Annual administration report of the Civil Veterinary Department of India - 1892-1893
Year: 1892
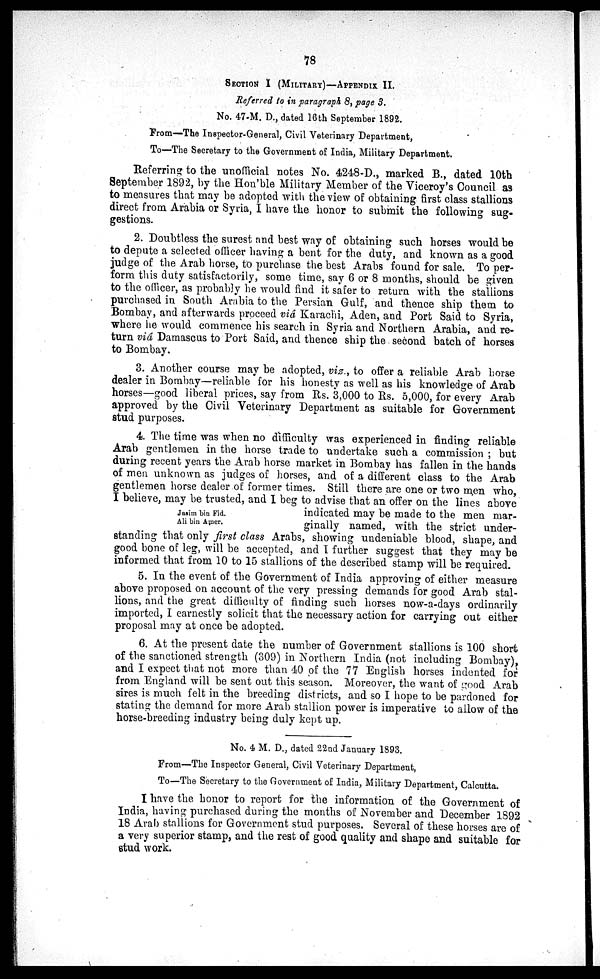
78
SECTION I (MILITARY)—APPENDIX II.
Referred to in paragraph 8, page 3.
No. 47-M. D., dated 16th September 1892.
From—The Inspector-General, Civil Veterinary Department,
To—The Secretary to the Government of India, Military Department.
Referring to the unofficial notes No. 4248-D., marked B., dated 10th
September 1892, by the Hon'ble Military Member of the Viceroy's Council as
to measures that may be adopted with the view of obtaining first class stallions
direct from Arabia or Syria, I have the honor to submit the following sug-
gestions.
2. Doubtless the surest and best way of obtaining such horses would be
to depute a selected officer having a bent for the duty, and known as a good
judge of the Arab horse, to purchase the best Arabs found for sale. To per-
form this duty satisfactorily, some time, say 6 or 8 months, should be given
to the officer, as probably he would find it safer to return with the stallions
purchased in South Arabia to the Persian Gulf, and thence ship them to
Bombay, and afterwards proceed viâ Karachi, Aden, and Port Said to Syria,
where he would commence his search in Syria and Northern Arabia, and re-
turn viâ Damascus to Port Said, and thence ship the second batch of horses
to Bombay.
3. Another course may be adopted, viz., to offer a reliable Arab horse
dealer in Bombay—reliable for his honesty as well as his knowledge of Arab
horses—good liberal prices, say from Rs. 3,000 to Rs. 5,000, for every Arab
approved by the Civil Veterinary Department as suitable for Government
stud purposes.
Jasim bin Fid.
Ali bin Amer.
4. The time was when no difficulty was experienced in finding reliable
Arab gentlemen in the horse trade to undertake such a commission; but
during recent years the Arab horse market in Bombay has fallen in the hands
of men unknown as judges of horses, and of a different class to the Arab
gentlemen horse dealer of former times. Still there are one or two men who,
I believe, may be trusted, and I beg to advise that an offer on the lines above
indicated may be made to the men mar-
ginally named, with the strict under-
standing that only first class Arabs, showing undeniable blood, shape, and
good bone of leg, will be accepted, and I further suggest that they may be
informed that from 10 to 15 stallions of the described stamp will be required.
5. In the event of the Government of India approving of either measure
above proposed on account of the very pressing demands for good Arab stal-
lions, and the great difficulty of finding such horses now-a-days ordinarily
imported, I earnestly solicit that the necessary action for carrying out either
proposal may at once be adopted.
6. At the present date the number of Government stallions is 100 short
of the sanctioned strength (309) in Northern India (not including Bombay),
and I expect that not more than 40 of the 77 English horses indented for
from England will be sent out this season. Moreover, the want of good Arab
sires is much felt in the breeding districts, and so I hope to be pardoned for
stating the demand for more Arab stallion power is imperative to allow of the
horse-breeding industry being duly kept up.
No. 4 M. D., dated 22nd January 1893.
From—The Inspector General, Civil Veterinary Department,
To—The Secretary to the Government of India, Military Department, Calcutta.
I have the honor to report for the information of the Government of
India, having purchased during the months of November and December 1892
18 Arab stallions for Government stud purposes. Several of these horses are of
a very superior stamp, and the rest of good quality and shape and suitable for
stud work.